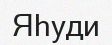
Яһуди